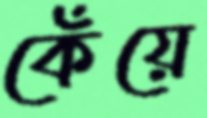
কেঁয়ে